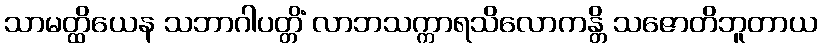
သာမတ္ထိယေန သဘာဂါပတ္တိံ လာဘသက္ကာရသိလောကန္တိ သဇောတိဘူတာယ